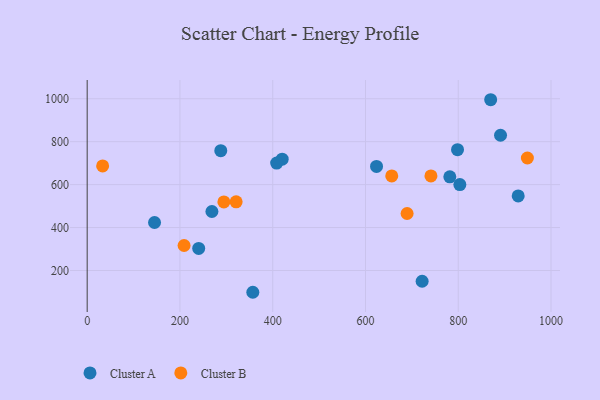
{"axis": {"x": "Investment", "y": "Yield"}, "legend": ["Cluster A", "Cluster B"], "data": [{"x": "420.4", "y": 718.3, "type": "Cluster A"}, {"x": "145.2", "y": 423.5, "type": "Cluster A"}, {"x": "288.0", "y": 758.2, "type": "Cluster A"}, {"x": "803.4", "y": 600.3, "type": "Cluster A"}, {"x": "929.2", "y": 547.5, "type": "Cluster A"}, {"x": "798.4", "y": 762.8, "type": "Cluster A"}, {"x": "240.4", "y": 302.7, "type": "Cluster A"}, {"x": "408.5", "y": 700.2, "type": "Cluster A"}, {"x": "722.1", "y": 149.9, "type": "Cluster A"}, {"x": "357.1", "y": 98.6, "type": "Cluster A"}, {"x": "781.8", "y": 636.3, "type": "Cluster A"}, {"x": "268.9", "y": 474.7, "type": "Cluster A"}, {"x": "891.1", "y": 829.9, "type": "Cluster A"}, {"x": "623.8", "y": 684.9, "type": "Cluster A"}, {"x": "869.9", "y": 995.4, "type": "Cluster A"}, {"x": "949.0", "y": 724.1, "type": "Cluster B"}, {"x": "321.1", "y": 519.8, "type": "Cluster B"}, {"x": "208.9", "y": 316.4, "type": "Cluster B"}, {"x": "656.6", "y": 640.6, "type": "Cluster B"}, {"x": "689.7", "y": 465.6, "type": "Cluster B"}, {"x": "294.7", "y": 519.4, "type": "Cluster B"}, {"x": "741.1", "y": 640.4, "type": "Cluster B"}, {"x": "33.3", "y": 686.9, "type": "Cluster B"}]}